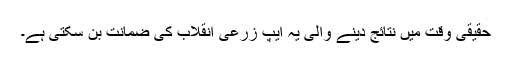
حقیقی وقت میں نتائج دینے والی یہ ایپ زرعی انقلاب کی ضمانت بن سکتی ہے۔